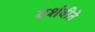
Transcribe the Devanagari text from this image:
दर्शवीते